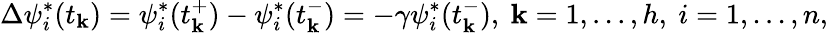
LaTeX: \Delta\psi_{i}^{*}(t_{\mathbf{k}})=\psi_{i}^{*}(t_{\mathbf{k}}^{+})-\psi_{i}^{*}(t_{\mathbf{k}}^{-})=-\gamma\psi_{i}^{*}(t_{\mathbf{k}}^{-}),\ \mathbf{k}=1,...,h,\ i=1,...,n,